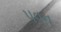
પવન